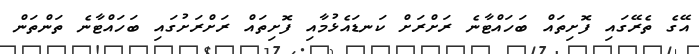
އޭގެ ތެރޭގައި ފޮށިތައް ބަހައްޓާނެ ރަށްރަށް ކަނޑައެޅުމާއި ފޮށިތައް ރަށްރަށުގައި ބަހައްޓާނެ ތަންތަން